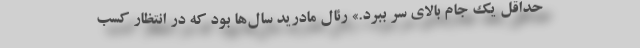
حداقل یک جام بالای سر ببرد.» رئال مادرید سال‌ها بود که در انتظار کسب